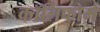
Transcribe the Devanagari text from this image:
कॉलिफोर्म